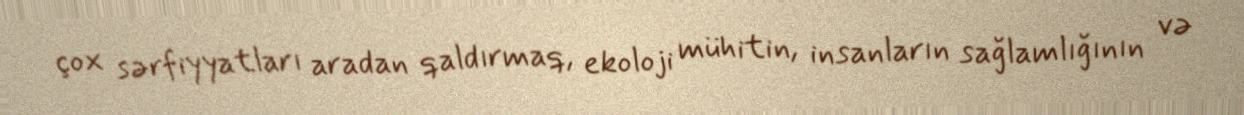
çox sərfiyyatları aradan qaldırmaq, ekoloji mühitin, insanların sağlamlığının və